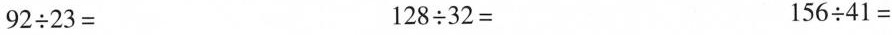
$$9 2 \div 2 3 =$$ $$1 2 8 \div 3 2 = $$ $$1 5 6 \div 4 1 =$$